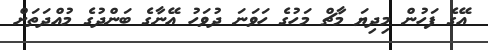
އޭގެ ފަހުން މިދިޔަ މާޗް މަހުގެ ހަވަނަ ދުވަހު އޭނާގެ ބަންދުގެ މުއްދަތަށް